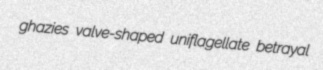
ghazies valve-shaped uniflagellate betrayal